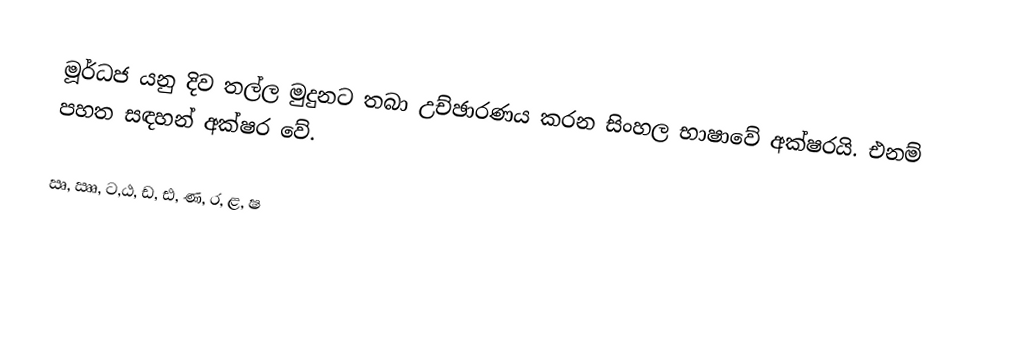
මූර්ධජ යනු දිව තල්ල මුදුනට තබා උච්ඡාරණය කරන සිංහල භාෂාවේ අක්ෂරයි. එනම් පහත සඳහන් අක්ෂර වේ.

ඍ, ඎ, ට,ඨ, ඩ, ඪ, ණ, ර, ළ, ෂ